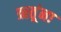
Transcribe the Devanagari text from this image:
ऋतूंना